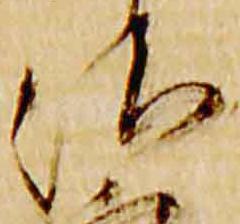
治